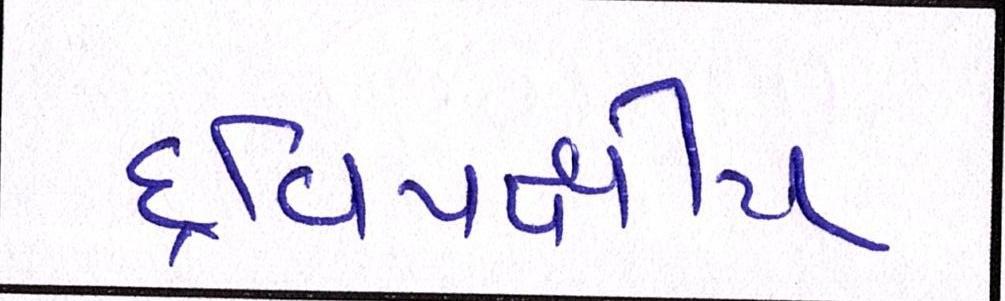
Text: દ્વિપક્ષીય